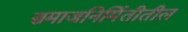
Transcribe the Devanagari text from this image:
समाजनिर्मितीतील